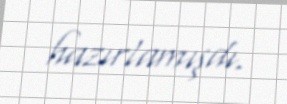
hazırlamışdı.